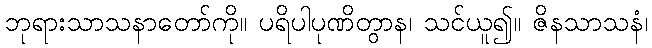
ဘုရားသာသနာတော်ကို။ ပရိပါပုဏိတွာန၊ သင်ယူ၍။ ဇိနသာသနံ၊